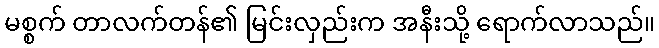
မစ္စက် တာလက်တန်၏ မြင်းလှည်းက အနီးသို့ ရောက်လာသည်။